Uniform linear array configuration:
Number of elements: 16
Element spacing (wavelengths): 1
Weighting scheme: hamming
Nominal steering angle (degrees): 0
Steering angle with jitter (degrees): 0.9987
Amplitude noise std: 0.05
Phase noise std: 0.05

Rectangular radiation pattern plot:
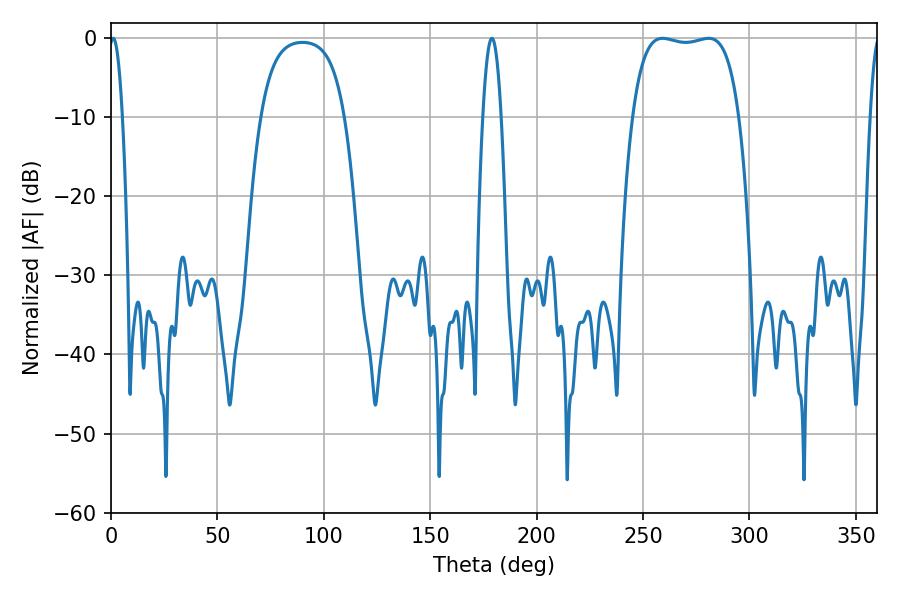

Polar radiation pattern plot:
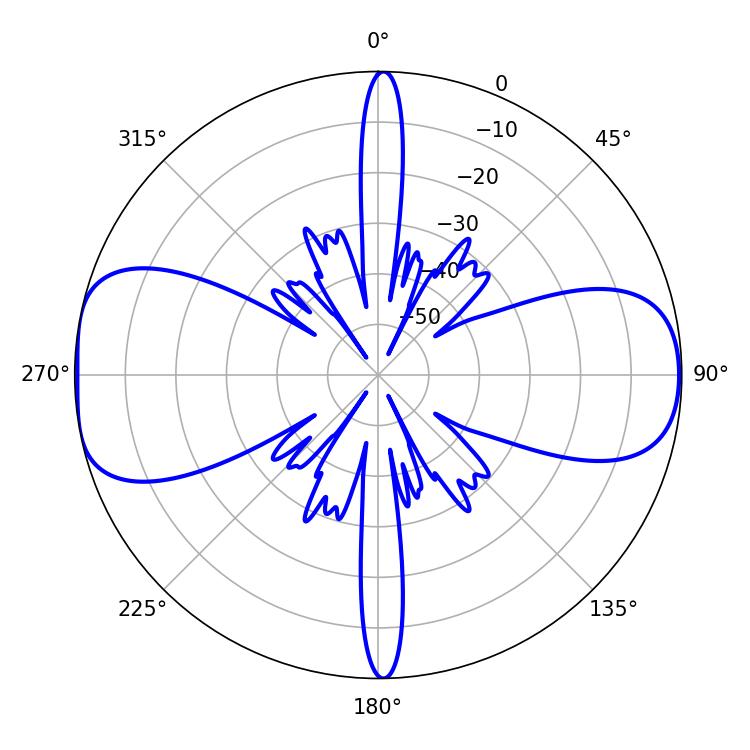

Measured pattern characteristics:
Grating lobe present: TRUE
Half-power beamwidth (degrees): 39.96
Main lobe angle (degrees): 259.2